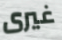
غيرى